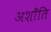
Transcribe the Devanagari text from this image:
अशाँति